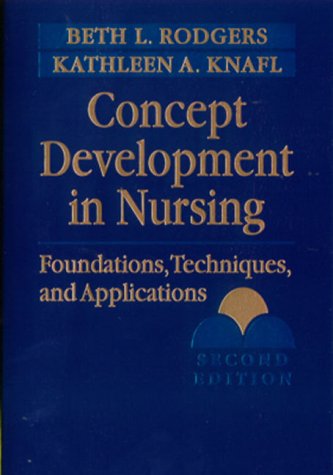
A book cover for Concept Development in Nursing: Foundations, Techniques, and Applications; Beth L. Rodgers PhD  RN  FAAN; Medical Books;